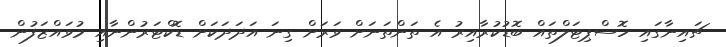
ޗައިނާގައި ހޮސްޕިޓަލްތައް ބޮޑުކުރާއިރު އެ ތަންތަނަށް ވަރަށް ގިނަ އަދަދަކަށް ޑޮކްޓަރުންނާއި މުވައްޒަފުން